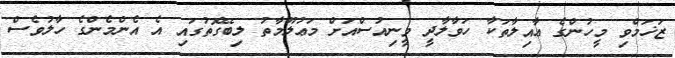
ޒަޚަމްވި މީހުންގެ ޢާއިލާތަކާ ހަވާލާދީ ވީނިއުސްއަށް މަޢުލޫމާތު ލިބޭގޮތުގައި އެ އެންމެންގެ ހާލުވެސް